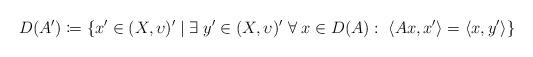
LaTeX: \begin{align*}D(A')\coloneqq\{x'\in(X,\upsilon)'\;|\;\exists\;y'\in(X,\upsilon)'\;\forall\;x\in D(A):\;\langle Ax,x' \rangle=\langle x, y' \rangle\}\end{align*}